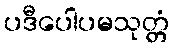
ပဒီပေါပမသုတ္တံ